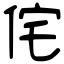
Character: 侘